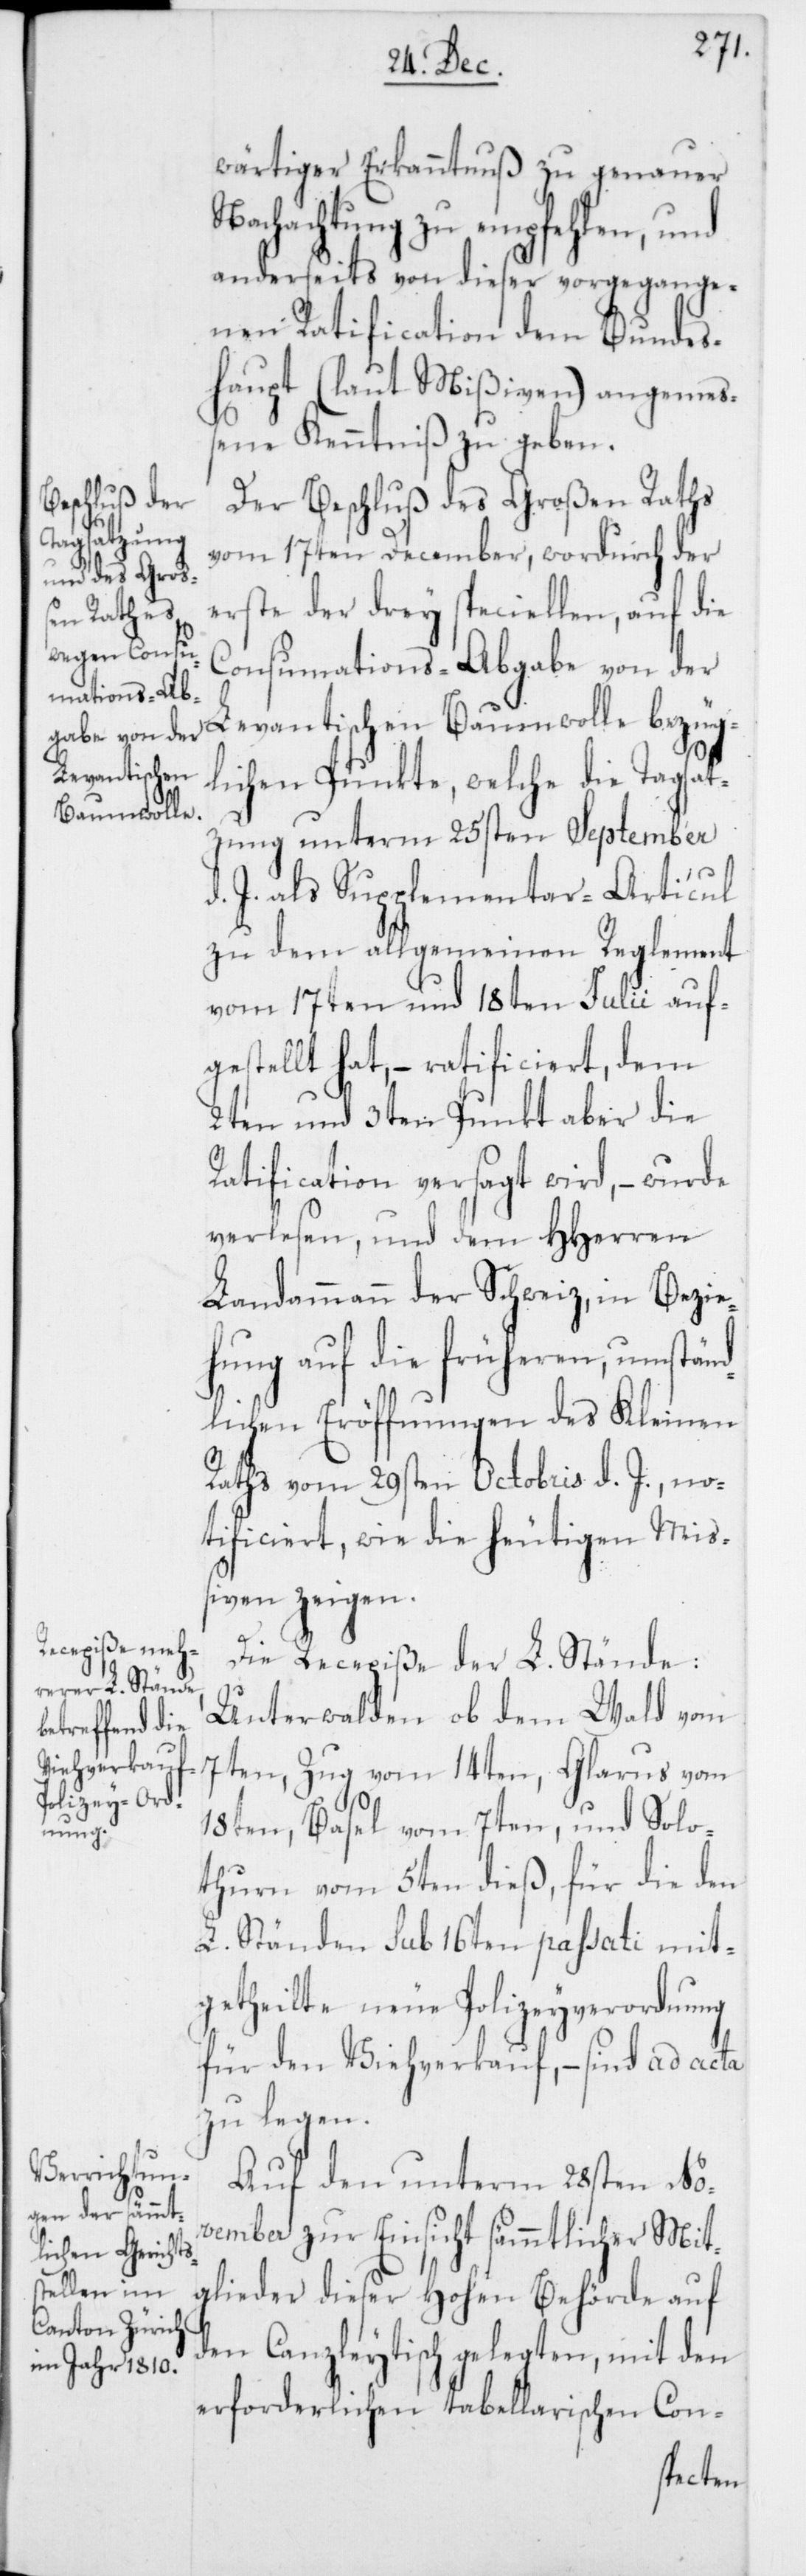
wärtiger Erkanntnuß zu genauer
Nachachtung zu empfehlen, und
anderseits von dieser vorgegange¬
nen Ratification dem Bundes¬
haupt (laut Mißiven) angemeß¬
ene Kenntniß zu geben.
Der Beschluß des Großen Raths
vom 17ten December, wordurch der
erste der drey speciellen, auf die
Consumations-Abgabe von der
Levantischen Baumwolle bezüg¬
lichen Punkte, welche die Tagsat¬
zung unterm 25sten September
d. J. als Supplementar-Articul
zu dem allgemeinen Reglement
vom 17ten und 18ten Julii auf¬
gestellt hat, – ratificiert, dem
2ten und 3ten Punkt aber die
Ratification versagt wird, – wurde
verlesen, und dem HHerren
Landammann der Schweiz, in Bezie¬
hung auf die früheren, umstän¬
dlichen Eröffnungen des Kleinen
Raths vom 29sten Octobris d. J., no¬
tificiert, wie die heutigen Miß¬
iven zeigen.
Die Recepiße der L. Stände:
Unterwalden ob dem Wald vom
7ten, Zug vom 14ten, Glarus vom
18ten, Basel vom 7ten, und Solo¬
thurn vom 5ten dieß, für die den
L. Ständen sub 16ten passati mit¬
getheilte neue Polizeyverordnung
für den Viehverkauf, – sind ad acta
zu legen.
Auf den unterm 28sten No¬
vember zur Einsicht sämmtlicher Mit¬
glieder dieser Hohen Behörde auf
den Canzleytisch gelegten, mit den
erforderlichen tabellarischen Con-